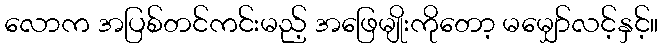
လောက အပြစ်တင်ကင်းမည့် အဖြေမျိုးကိုတော့ မမျှော်လင့်နှင့်။